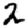
Digit: 2